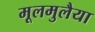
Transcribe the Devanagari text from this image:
मूलमुलैया